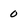
Character: 0